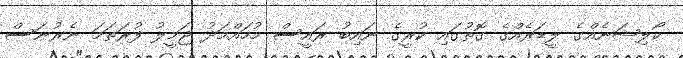
ކޯލިޝަނެއްގެ ލީޑަރެއްގެ ގޮތުގައި ކުރީގެ ނައިބު ރައީސް މުހައްމަދު ޖަމީލު ފުރަތަމަ ނެރުނަސް